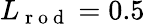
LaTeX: L_{\mathrm{~r~o~d~}}=0.5